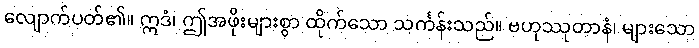
လျောက်ပတ်၏။ ဣဒံ၊ ဤအဖိုးများစွာ ထိုက်သော သင်္ကန်းသည်။ ဗဟုဿုတာနံ၊ များသော